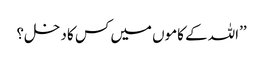
’’اللہ کے کاموں میں کس کا دخل؟